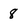
Character: 8